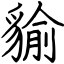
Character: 貐